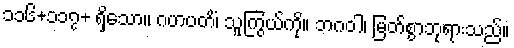
၁၁၆+၁၁၇+ ရှိသော။ ဂဟပတိံ၊ သူကြွယ်ကို။ ဘဂဝါ၊ မြတ်စွာဘုရားသည်။